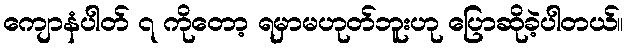
ကျောနံပါတ် ၇ ကိုတော့ ရမှာမဟုတ်ဘူးဟု ပြောဆိုခဲ့ပါတယ်။